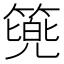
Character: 𮅷